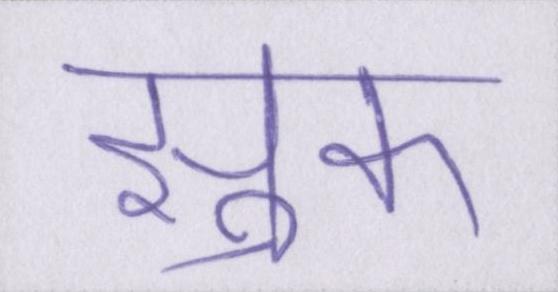
झुक